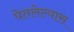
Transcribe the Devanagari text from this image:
घेतलेल्यास